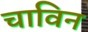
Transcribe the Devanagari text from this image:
चाविन